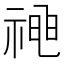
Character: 𱵚